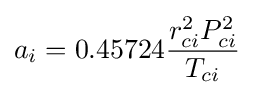
a_{i}=0.45724{\frac {r_{ci}^{2}P_{ci}^{2}}{T_{ci}}}